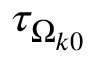
\tau _ { \Omega _ { k 0 } }